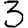
Digit: 3